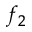
f _ { 2 }